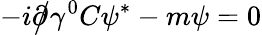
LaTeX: -i{\partial\! \! \! {\big/}}\gamma^{0}C\psi^{*}-m\psi=0